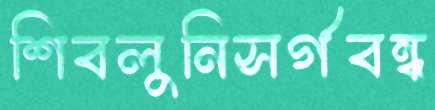
শিবলুনিসর্গবন্ধ